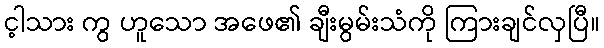
င့ါသား ကွ ဟူသော အဖေ၏ ချီးမွမ်းသံကို ကြားချင်လှပြီ။